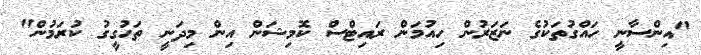
"އިންސާނީ ހައްގުތަކުގެ ނަޒަރުން ހިއުމަން ރައިޓްސް ކޮމިޝަން އިން މިދަނީ ތަހުގީގު ކުރަމުން"